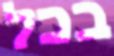
בכל